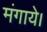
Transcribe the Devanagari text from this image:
मंगाये।